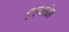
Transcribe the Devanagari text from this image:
एल्कोन